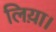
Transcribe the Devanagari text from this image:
लिय़ा।